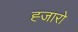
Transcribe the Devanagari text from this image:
ह्जारो